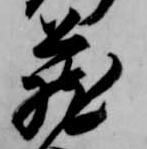
蔵